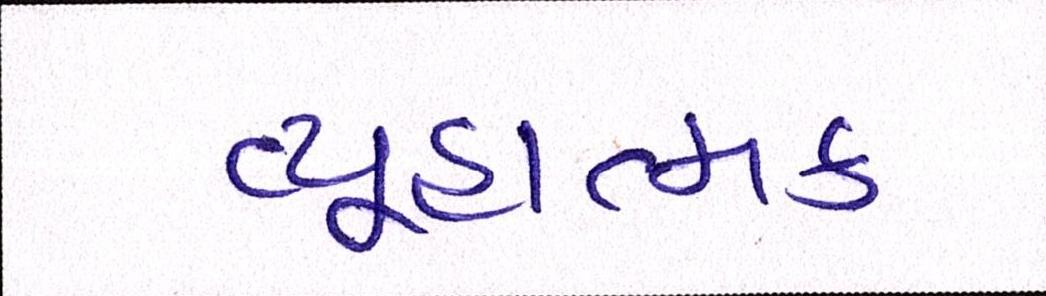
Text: વ્યૂહાત્મક